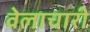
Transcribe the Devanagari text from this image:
वेलाचारी